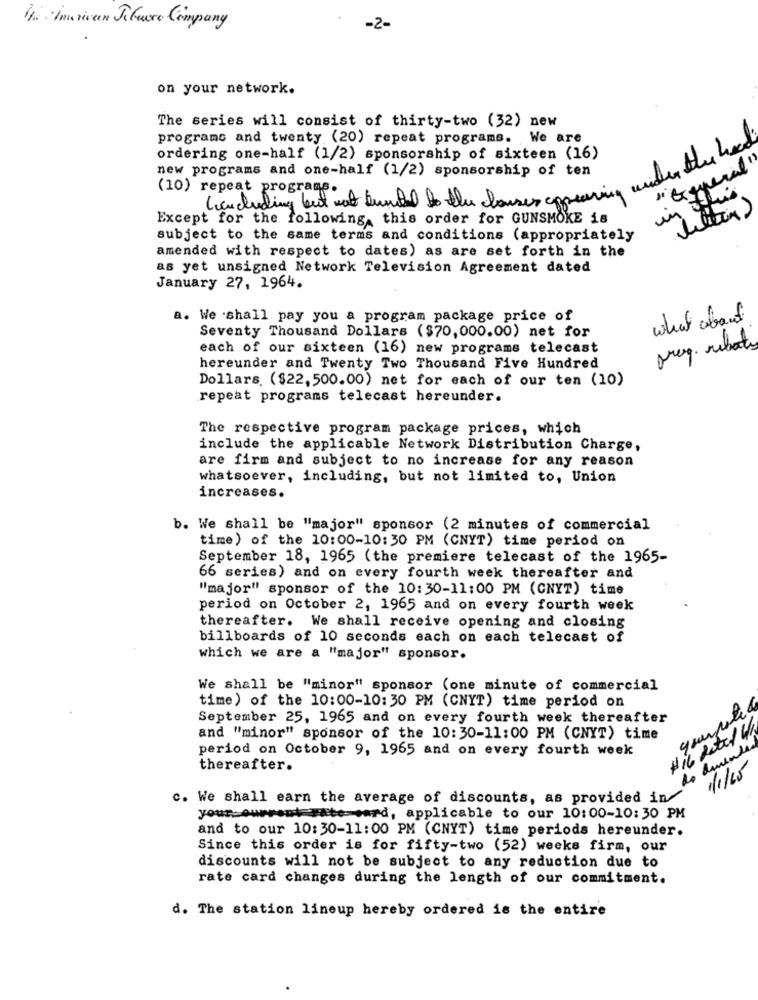
Ha Imaivan Palavre Company
-2-
on your network.
The series will consist of thirty-two (32) new
programs and twenty (20) repeat programs. We are
ordering one-half (1/2) sponsorship of sixteen (16)
new programs and one-half (1/2) sponsorship of ten
"Esperal"
(10) repeat programs.
in this
(ucluding but not turated to the clauses appearing
Except for the following, this order for GUNSMOKE 18
subject to the same terms and conditions (appropriately
amended with respect to dates) as are set forth in the
as yet unsigned Network Television Agreement dated
January 27, 1964.
a. We shall pay you a program package price of
what about
Seventy Thousand Dollars ($70,000.00) net for
each of our sixteen (16) new programs telecast
freq. rebate
hereunder and Twenty Two Thousand Five Hundred
Dollars. ($22,500.00) net for each of our ten (10)
repeat programs telecast hereunder.
The respective program package prices, which
include the applicable Network Distribution Charge,
are firm and subject to no increase for any reason
whatsoever, including, but not limited to, Union
increases.
b. We shall be "major" sponsor (2 minutes of commercial
time) of the 10:00-10:30 PM (CNYT) time period on
September 18, 1965 (the premiere telecast of the 1965-
66 series) and on every fourth week thereafter and
"major" sponsor of the 10:30-11:00 PM (CNYT) time
period on October 2, 1965 and on every fourth week
thereafter. We shall receive opening and closing
billboards of 10 seconds each on each telecast of
which we are a "major" sponsor.
We shall be "minor" sponsor (one minute of commercial
time) of the 10:00-10:30 PM (CNYT) time period on
September 25, 1965 and on every fourth week thereafter
and "minor" sponsor of the 10:30-11:00 PM (CNYT) time
period on October 9, 1965 and on every fourth week
thereafter.
1/1/65
c. We shall earn the average of discounts, as provided in
your-Queres
Fate-card, applicable to our 10:00-10:30 PM
and to our 10:30-11:00 PM (CNYT) time periods hereunder.
Since this order is for fifty-two (52) weeks firm, our
discounts will not be subject to any reduction due to
rate card changes during the length of our commitment.
d. The station lineup hereby ordered is the entire